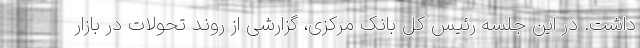
داشت. در این جلسه رئیس کل بانک مرکزی، گزارشی از روند تحولات در بازار